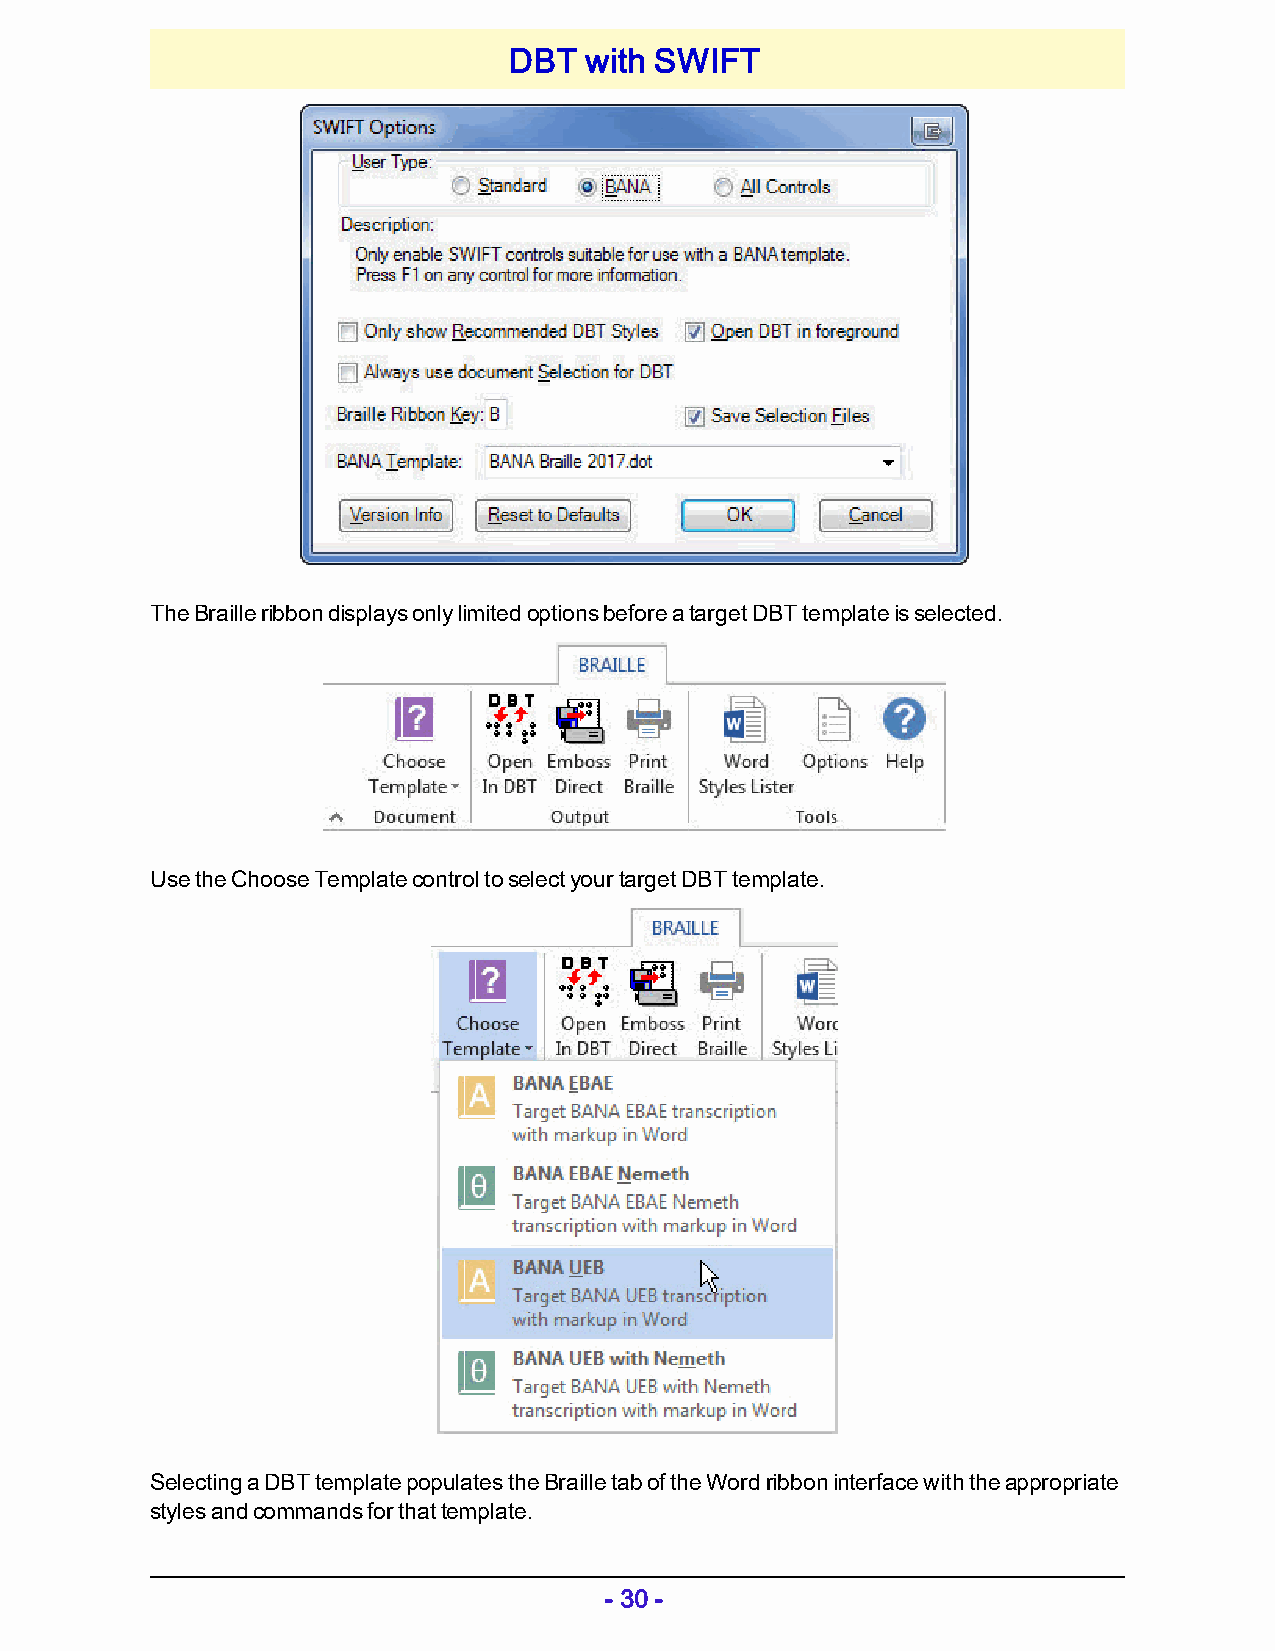
DBT  with SWIFT
 The Braille ribbon displays only limited options before a target DBT template is selected.
 Use the Choose Template control to select your target DBT template.
 Selecting a DBT template populates the Braille tab of the Word ribbon interface with the appropriate
 styles and commands for that template.
 - 30 -